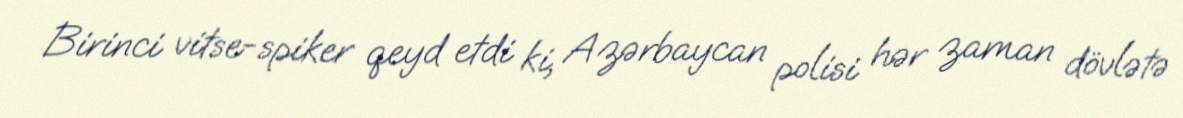
Birinci vitse-spiker qeyd etdi ki, Azərbaycan polisi hər zaman dövlətə